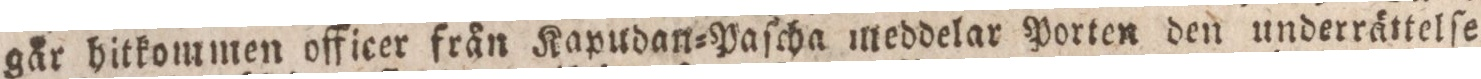
går hitkommen officer från Kapudan=Paſcha meddelar Porten den underrättelſe